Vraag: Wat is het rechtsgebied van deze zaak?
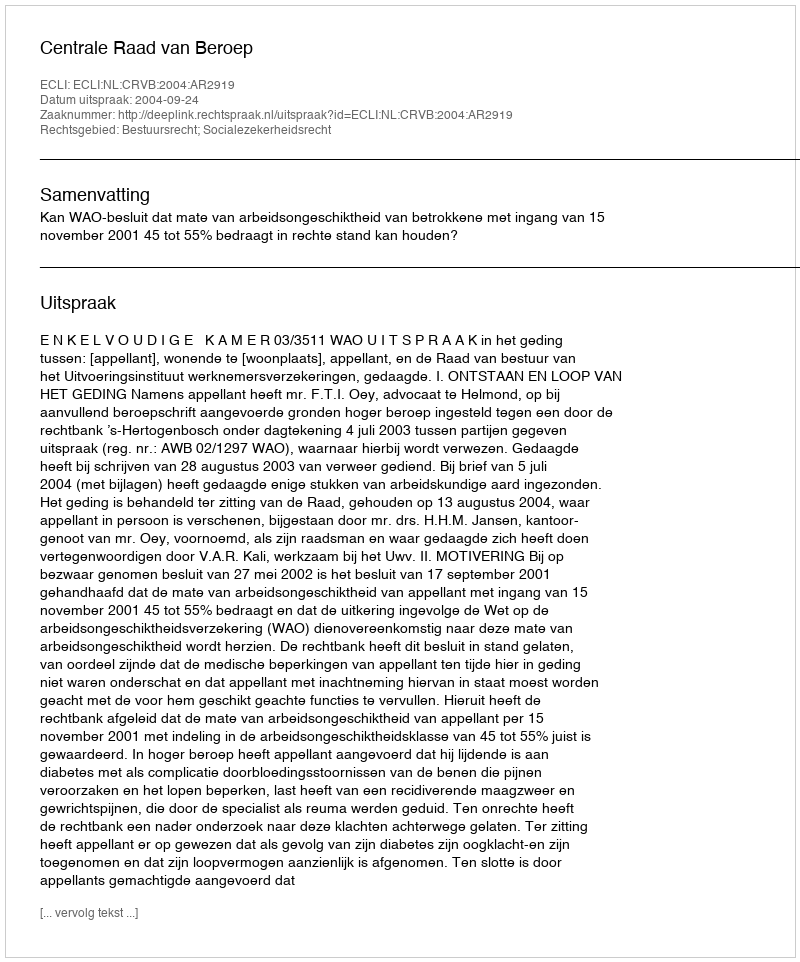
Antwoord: Bestuursrecht; Socialezekerheidsrecht